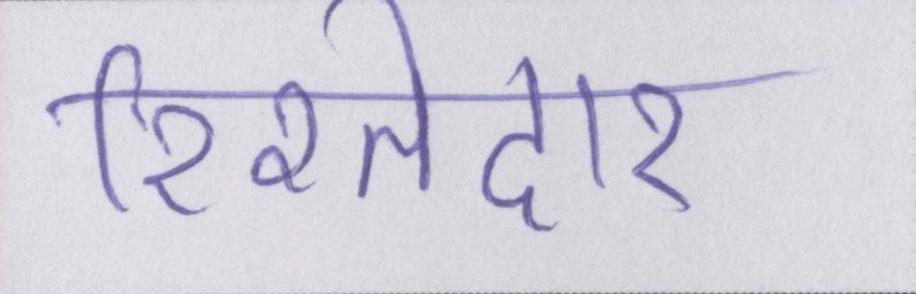
रिश्तेदार